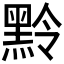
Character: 𪐸